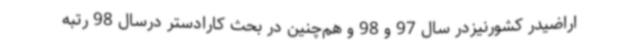
اراضیدر کشورنیزدر سال 97 و 98 و هم‌چنین در بحث کارادستر درسال 98 رتبه